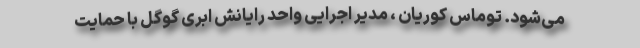
می‌شود. توماس کوریان ، مدیر اجرایی واحد رایانش ابری گوگل با حمایت